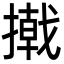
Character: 撠